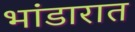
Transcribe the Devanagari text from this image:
भांडारात